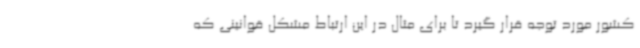
کشور مورد توجه قرار گیرد تا برای مثال در این ارتباط مشکل قوانینی که